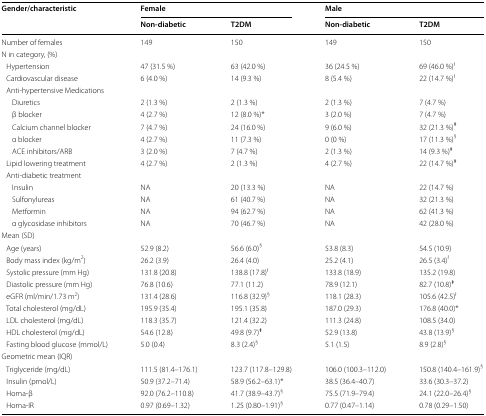
<table><thead><tr><td rowspan="2"><b>Gender/characteristic</b></td><td colspan="2"><b>Female</b></td><td colspan="2"><b>Male</b></td></tr><tr><td><b>Non-diabetic</b></td><td><b>T2DM</b></td><td><b>Non-diabetic</b></td><td><b>T2DM</b></td></tr></thead><tbody><tr><td>Number of females</td><td>149</td><td>150</td><td>149</td><td>150</td></tr><tr><td colspan="5">N in category, (%)</td></tr><tr><td> Hypertension</td><td>47 (31.5 %)</td><td>63 (42.0 %)</td><td>36 (24.5 %)</td><td>69 (46.0 %)<sup>ł</sup></td></tr><tr><td> Cardiovascular disease</td><td>6 (4.0 %)</td><td>14 (9.3 %)</td><td>8 (5.4 %)</td><td>22 (14.7 %)<sup>ł</sup></td></tr><tr><td colspan="5"> Anti-hypertensive Medications</td></tr><tr><td>Diuretics</td><td>2 (1.3 %)</td><td>2 (1.3 %)</td><td>2 (1.3 %)</td><td>7 (4.7 %)</td></tr><tr><td>β blocker</td><td>4 (2.7 %)</td><td>12 (8.0 %)*</td><td>3 (2.0 %)</td><td>7 (4.7 %)</td></tr><tr><td>Calcium channel blocker</td><td>7 (4.7 %)</td><td>24 (16.0 %)</td><td>9 (6.0 %)</td><td>32 (21.3 %)<sup>ǂ</sup></td></tr><tr><td>α blocker</td><td>4 (2.7 %)</td><td>11 (7.3 %)</td><td>0 (0 %)</td><td>17 (11.3 %)<sup>§</sup></td></tr><tr><td>ACE inhibitors/ARB</td><td>3 (2.0 %)</td><td>7 (4.7 %)</td><td>2 (1.3 %)</td><td>14 (9.3 %)<sup>ǂ</sup></td></tr><tr><td> Lipid lowering treatment</td><td>4 (2.7 %)</td><td>2 (1.3 %)</td><td>4 (2.7 %)</td><td>22 (14.7 %)<sup>ǂ</sup></td></tr><tr><td colspan="5"> Anti-diabetic treatment</td></tr><tr><td>Insulin</td><td>NA</td><td>20 (13.3 %)</td><td>NA</td><td>22 (14.7 %)</td></tr><tr><td>Sulfonylureas</td><td>NA</td><td>61 (40.7 %)</td><td>NA</td><td>32 (21.3 %)</td></tr><tr><td>Metformin</td><td>NA</td><td>94 (62.7 %)</td><td>NA</td><td>62 (41.3 %)</td></tr><tr><td>α glycosidase inhibitors</td><td>NA</td><td>70 (46.7 %)</td><td>NA</td><td>42 (28.0 %)</td></tr><tr><td colspan="5">Mean (SD)</td></tr><tr><td> Age (years)</td><td>52.9 (8.2)</td><td>56.6 (6.0)<sup>§</sup></td><td>53.8 (8.3)</td><td>54.5 (10.9)</td></tr><tr><td> Body mass index (kg/m<sup>2</sup>)</td><td>26.2 (3.9)</td><td>26.4 (4.0)</td><td>25.2 (4.1)</td><td>26.5 (3.4)<sup>ł</sup></td></tr><tr><td> Systolic pressure (mm Hg)</td><td>131.8 (20.8)</td><td>138.8 (17.8)<sup>ł</sup></td><td>133.8 (18.9)</td><td>135.2 (19.8)</td></tr><tr><td> Diastolic pressure (mm Hg)</td><td>76.8 (10.6)</td><td>77.1 (11.2)</td><td>78.9 (12.1)</td><td>82.7 (10.8)<sup>ǂ</sup></td></tr><tr><td> eGFR (ml/min/1.73 m<sup>2</sup>)</td><td>131.4 (28.6)</td><td>116.8 (32.9)<sup>§</sup></td><td>118.1 (28.3)</td><td>105.6 (42.5)<sup>ł</sup></td></tr><tr><td> Total cholesterol (mg/dL)</td><td>195.9 (35.4)</td><td>195.1 (35.8)</td><td>187.0 (29.3)</td><td>176.8 (40.0)*</td></tr><tr><td> LDL cholesterol (mg/dL)</td><td>118.3 (35.7)</td><td>121.4 (32.2)</td><td>111.3 (24.8)</td><td>108.5 (34.0)</td></tr><tr><td> HDL cholesterol (mg/dL)</td><td>54.6 (12.8)</td><td>49.8 (9.7)<sup>ǂ</sup></td><td>52.9 (13.8)</td><td>43.8 (13.9)<sup>§</sup></td></tr><tr><td> Fasting blood glucose (mmol/L)</td><td>5.0 (0.4)</td><td>8.3 (2.4)<sup>§</sup></td><td>5.1 (1.5)</td><td>8.9 (2.8)<sup>§</sup></td></tr><tr><td colspan="5">Geometric mean (IQR)</td></tr><tr><td> Triglyceride (mg/dL)</td><td>111.5 (81.4–176.1)</td><td>123.7 (117.8–129.8)</td><td>106.0 (100.3–112.0)</td><td>150.8 (140.4–161.9)<sup>§</sup></td></tr><tr><td> Insulin (pmol/L)</td><td>50.9 (37.2–71.4)</td><td>58.9 (56.2–63.1)*</td><td>38.5 (36.4–40.7)</td><td>33.6 (30.3–37.2)</td></tr><tr><td> Homa-β</td><td>92.0 (76.2–110.8)</td><td>41.7 (38.9–43.7)<sup>§</sup></td><td>75.5 (71.9–79.4)</td><td>24.1 (22.0–26.4)<sup>§</sup></td></tr><tr><td> Homa-IR</td><td>0.97 (0.69–1.32)</td><td>1.25 (0.80–1.91)<sup>§</sup></td><td>0.77 (0.47–1.14)</td><td>0.78 (0.29–1.50)</td></tr></tbody></table>